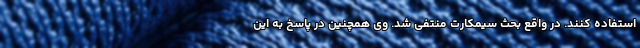
استفاده کنند. در واقع بحث سیمکارت منتفی شد. وی همچنین در پاسخ به این